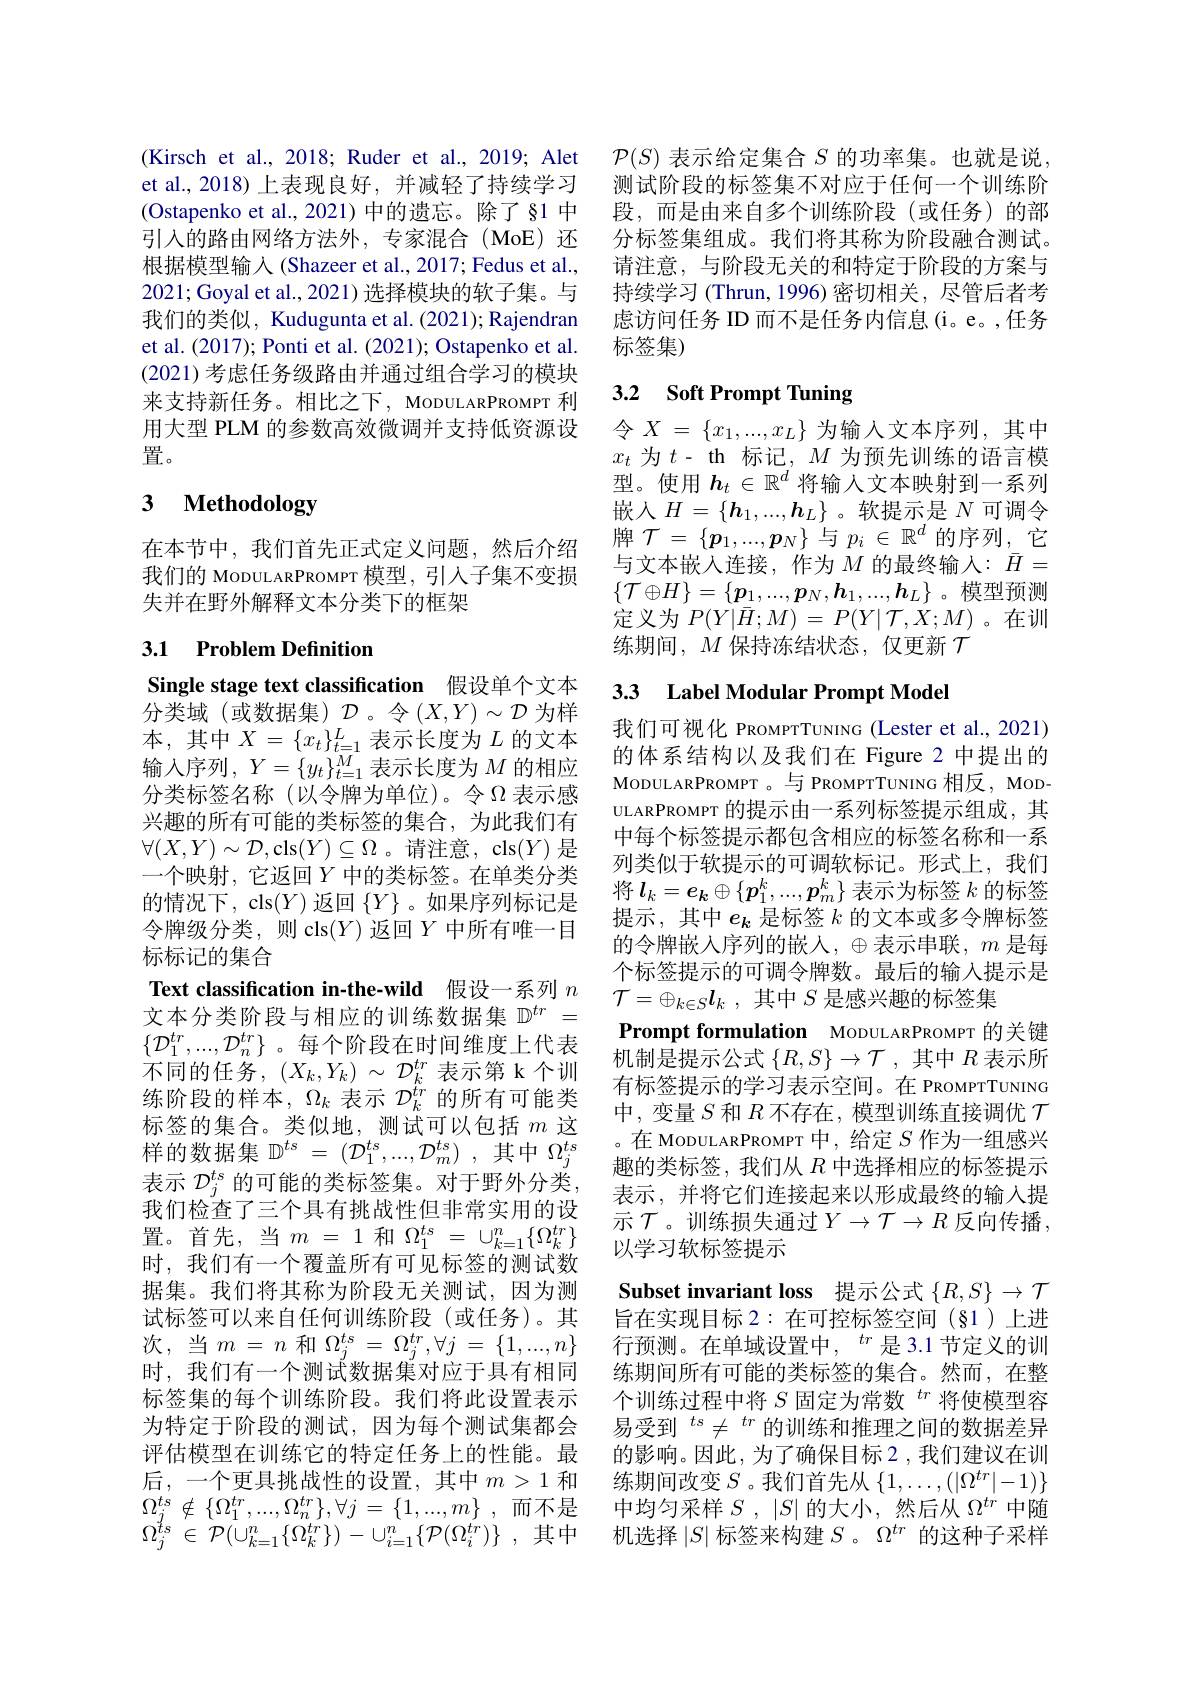
et al.,2018)上表现良好，并减轻了持续学习(Ostapenko et al.,2021) 中的遗忘。除了§1 中引入的路由网络方法外，专家混合(MoE)还根据模型输入(Shazeer et al., 2017; Fedus et al., 2021; Goyal et al., 2021) 选择模块的软子集。与我们的类似，Kudugunta et al. (2021); Rajendran et al. (2017); Ponti et al. (2021); Ostapenko et al. (2021)考虑任务级路由并通过组合学习的模块来支持新任务。相比之下，MoDULARPROMPT 利用大型 PLM 的参数高效微调并支持低资源设置。

# 3 $\textbf{Methodology}$

在本节中，我们首先正式定义问题，然后介绍我们的 MopULARPROMPT 模型，引入子集不变损失并在野外解释文本分类下的框架

## 3.1 Problem Definition

Single stage text classification 假设单个文本分类域 (或数据集)$\mathcal{D}$。令$(X,Y)\sim\mathcal{D}$ 为样本，其中$X=\{x_t\}_t=1^L$表示长度为$L$ 的文本输入序列$,Y=\{y_t\}_{t=1}^M$表示长度为$M$ 的相应分类标签名称(以令牌为单位)。令$\Omega$ 表示感兴趣的所有可能的类标签的集合，为此我们有$\forall(X,Y)\sim\mathcal{D}$,cls$(Y)\subseteq\Omega$。请注意，cls$(Y)$ 是一个映射，它返回$Y$ 中的类标签。在单类分类的情况下，cls$(Y)$返回$\{Y\}$ 。如果序列标记是令牌级分类，则 cls$(Y)$返回$Y$中所有唯一目标标记的集合
Text classification in-the-wild 假设一系列$n$ 文本分类阶段与相应的训练数据集$\mathbb{D}^tr=$ $\{\mathcal{D}_1^{tr},...,\mathcal{D}_n^{tr}\}$。每个阶段在时间维度上代表不同的任务，$(X_k,Y_k)\sim\mathcal{D}_k^{tr}$表示第 k 个训练阶段的样本，$\Omega_k$表示$\mathcal{D}_k^tr$的所有可能类标签的集合。类似地，测试可以包括$m$这样的数据集 $\mathbb{D}^ts~=~(\mathcal{D}_1^{ts},...,\mathcal{D}_m^{ts})~,~$其中 $\Omega_j^ts$ 表示$\mathcal{D}_j^{ts}$的可能的类标签集。对于野外分类， 我们检查了三个具有挑战性但非常实用的设置。首先，当$m=1$和$\Omega_1^ts=\cup_{k=1}^n\{\Omega_k^{tr}\}$ 时，我们有一个覆盖所有可见标签的测试数据集。我们将其称为阶段无关测试，因为测试标签可以来自任何训练阶段(或任务)。其次，当$m=n$和$\Omega_j^ts=\Omega_j^{tr},\forall j=\{1,...,n\}$ 时，我们有一个测试数据集对应于具有相同标签集的每个训练阶段。我们将此设置表示为特定于阶段的测试，因为每个测试集都会评估模型在训练它的特定任务上的性能。最后，一个更具挑战性的设置，其中$m>1$ 和$\Omega _{j}^{ts}\notin \{ \Omega _{1}^{tr}, . . . , \Omega _{n}^{tr}\} , \forall j= \{ 1, . . . , m\}$ ,而不是$\Omega _{j}^{ts}$ $\in$ ${\mathcal{P} }( \dot{\cup } _{k= 1}^{n}\{ \Omega _{k}^{tr}\} )$ - $\cup _{i= 1}^{n}\{ {\mathcal{P} }( \Omega _{i}^{tr}) \}$ ,其中

(Kirsch et al., 2018; Ruder et al., 2019; Alet $\mathcal{P}(S)$表示给定集合$S$的功率集。也就是说，
测试阶段的标签集不对应于任何一个训练阶段，而是由来自多个训练阶段(或任务)的部分标签集组成。我们将其称为阶段融合测试。请注意，与阶段无关的和特定于阶段的方案与持续学习 (Thrun, 1996)密切相关，尽管后者考虑访问任务 ID 而不是任务内信息(i。e。,任务标签集)

## 3.2 Soft Prompt Tuning

令$X=\{x_1,...,x_L\}$为输入文本序列，其中$x_t$为$t$- th 标记，$M$为预先训练的语言模型。使用$h_t\in\mathbb{R}^d$将输人文本映射到一系列嵌人$H=\{\boldsymbol{h}_1,...,\boldsymbol{h}_L\}$。软提示是$N$可调令牌 $\mathcal{T}=\left\{\boldsymbol{p}_1,...,\boldsymbol{p}_N\right\}$与 $p_i\in\mathbb{R}^d$ 的序列，它与文本嵌人连接，作为$M$ 的最终输入：$\bar{H}=$ $\{\mathcal{T}\oplus H\}=\{\boldsymbol{p}_1,...,\boldsymbol{p}_N,\boldsymbol{h}_1,...,\boldsymbol{h}_L\}$ 。模型预测定义为$P(Y|\bar{H};M)=P(Y|\mathcal{T},X;M)$。在训练期间，$M$保持冻结状态，仅更新$\mathcal{T}$

## 3.3 Label Modular Prompt Model

我们可视化 PROMPTTUNING (Lester et al., 2021) 的体系结构以及我们在 Figure 2 中提出的MODULARPROMPT 。与 PROMPTTUNING 相反，MODULARPROMPT 的提示由一系列标签提示组成，其中每个标签提示都包含相应的标签名称和一系列类似于软提示的可调软标记。形式上，我们将$l_k=e_k\oplus\{p_1^k,...,p_m^k\}$表示为标签$k$的标签提示，其中$e_k$是标签$k$的文本或多令牌标签的令牌嵌入序列的嵌人，$\oplus$表示串联$,m$ 是每个标签提示的可调令牌数。最后的输入提示是$\mathcal{T}=\oplus_{k\in S}\boldsymbol{l}_k$ ,其中$S$是感兴趣的标签集
Prompt formulation MoDULARPROMPT 的关键机制是提示公式$\{R,S\}\to\mathcal{T}$,其中$R$表示所有标签提示的学习表示空间。在 PROMPTTUNING 中，变量$S$和$R$不存在，模型训练直接调优$\mathcal{T}$ 。在 MoDULARPROMPT 中，给定$S$作为一组感兴趣的类标签，我们从$R$中选择相应的标签提示表示，并将它们连接起来以形成最终的输入提示 $\mathcal{T}$。训练损失通过$Y\to\mathcal{T}\to R$ 反向传播， 以学习软标签提示
Subset invariant loss 提示公式$\{R,S\}\to\mathcal{T}$ 旨在实现目标 2:在可控标签空间(§1)上进行预测。在单域设置中，$^{tr}$是 3.1节定义的训练期间所有可能的类标签的集合。然而，在整个训练过程中将$S\text{ 固定为常数 }^{tr}$将使模型容易受到$^{ts}\neq^{tr}$的训练和推理之间的数据差异的影响。因此，为了确保目标 2 , 我们建议在训练期间改变$S$ 。我们首先从$\{1,\ldots,(|\Omega^{tr}|-1)\}$ 中均匀采样$S$ , $| S|$的大小，然后从$\Omega^{tr}$中随机选择$|S|$标签来构建$S$ 。$\Omega^{tr}$的这种子采样